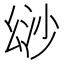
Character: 𢇄